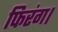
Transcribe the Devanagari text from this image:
फिरंग।